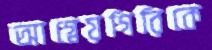
আগ্নেয়গিরিকে